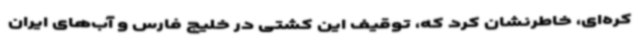
کره‌ای، خاطرنشان کرد که، توقیف این کشتی در خلیج فارس و آب‌های ایران